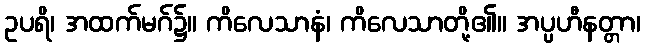
ဥပရိ၊ အထက်မဂ်၌။ ကိလေသာနံ၊ ကိလေသာတို့၏။ အပ္ပဟီနတ္တာ၊